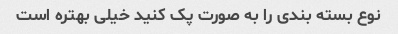
نوع بسته بندی را به صورت پک کنید خیلی بهتره است